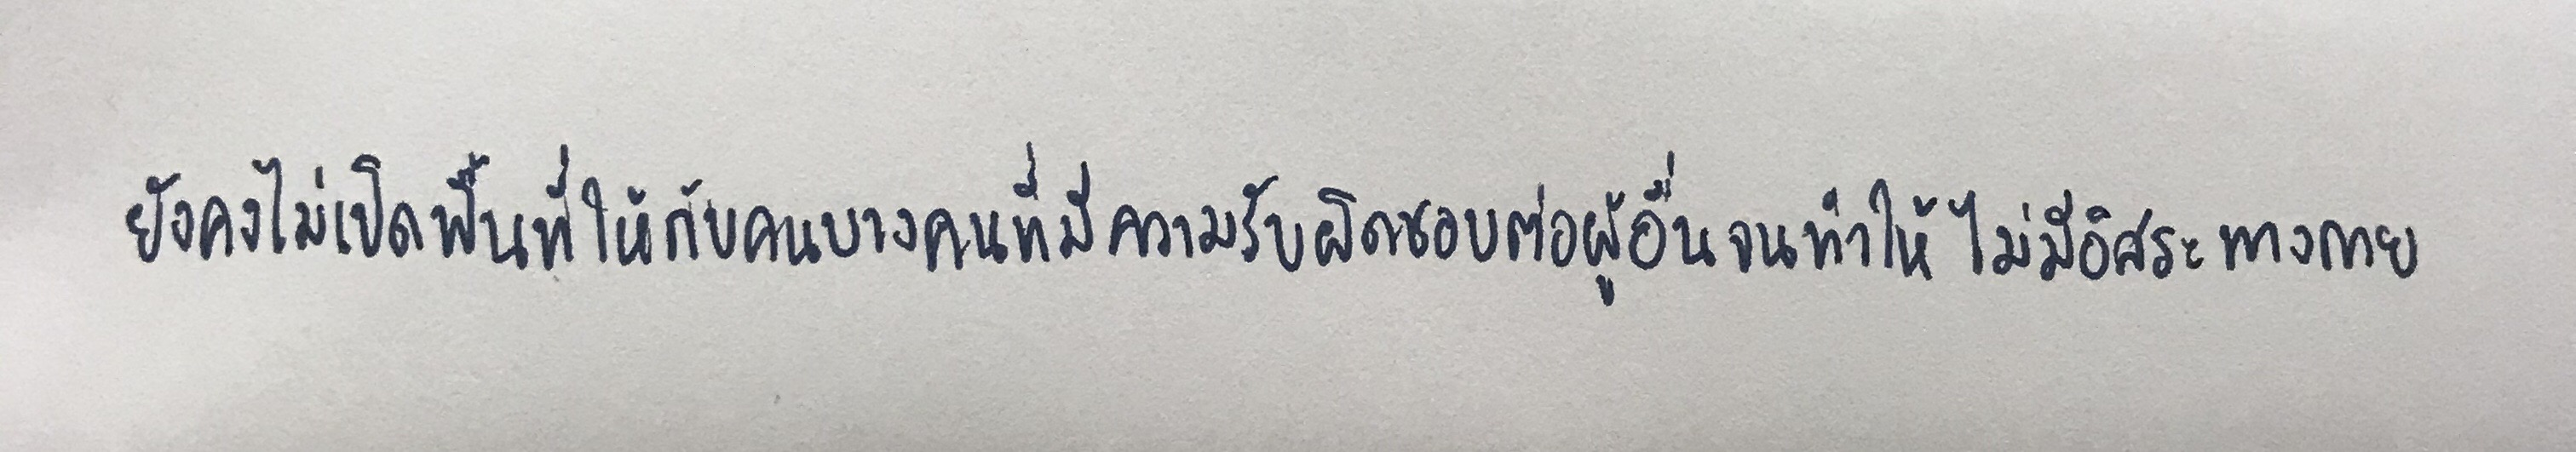
ยังคงไม่เปิดพื้นที่ให้กับคนบางคนที่มีความรับผิดชอบต่อผู้อื่นจนทำให้ไม่มีอิสระทางกาย